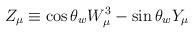
\begin{align*}Z_\mu \equiv \cos\theta_w W^3_\mu-\sin\theta_w Y_\mu\end{align*}